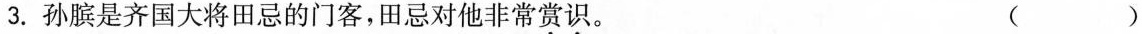
3.孙膑是齐国大将田忌的门客，田忌对他非常赏识。 （ ）